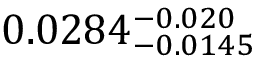
0 . 0 2 8 4 _ { - 0 . 0 1 4 5 } ^ { - 0 . 0 2 0 }